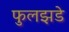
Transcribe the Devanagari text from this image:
फुलझडे